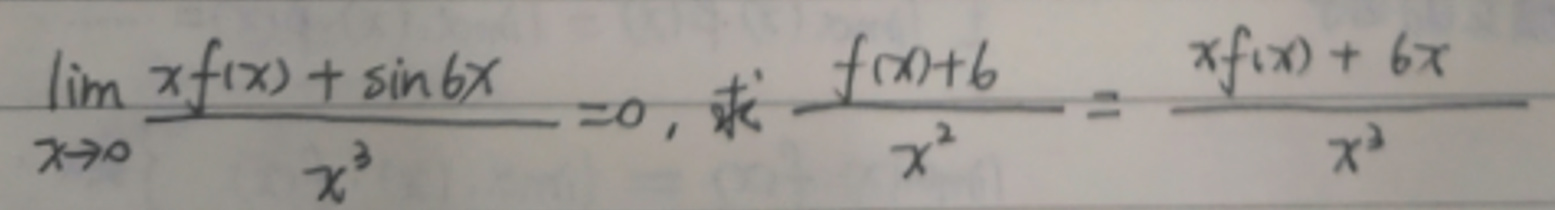
\(\lim_{x \to 0} \frac{xf(x)+\sin 6x}{x^3}=0,\text{求}\frac{f(x)+6}{x^2}=\frac{xf(x)+6x}{x^3}\)